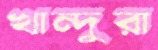
খান্দুরা